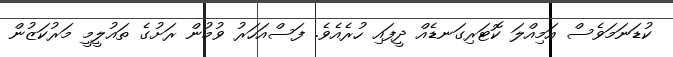
ކުޑަނަމަވެސް އަމިއްލަ ކޮޓަރިގަނޑެއް ދީފައި ހުރެއެވެ. ފަސްއަހަރު ވުމުން ރަށުގެ ތައުލީމީ މަރުކަޒުން